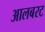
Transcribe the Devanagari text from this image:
आलबरट